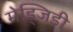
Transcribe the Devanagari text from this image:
मेड्जिडी